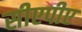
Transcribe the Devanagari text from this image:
सीएपीए